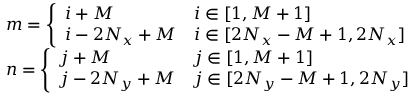
\begin{array} { r l } & { m = \left\{ \begin{array} { l l } { i + M } & { i \in [ 1 , M + 1 ] } \\ { i - 2 N _ { x } + M } & { i \in [ 2 N _ { x } - M + 1 , 2 N _ { x } ] } \end{array} \right. } \\ & { n = \left\{ \begin{array} { l l } { j + M } & { j \in [ 1 , M + 1 ] } \\ { j - 2 N _ { y } + M } & { j \in [ 2 N _ { y } - M + 1 , 2 N _ { y } ] } \end{array} \right. } \end{array}